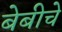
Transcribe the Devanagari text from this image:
बेबीचे